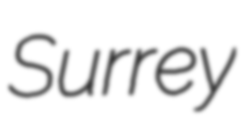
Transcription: Surrey